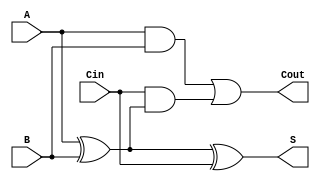
module full_adder (
    input  wire A,    // 1-bit input A
    input  wire B,    // 1-bit input B
    input  wire Cin,  // 1-bit carry-in input
    output wire S,    // 1-bit sum output
    output wire Cout   // 1-bit carry-out output
);

// Behavioral description
assign S = A ^ B ^ Cin;               // Sum output
assign Cout = (A & B) | (Cin & (A ^ B)); // Carry-out output

endmodule